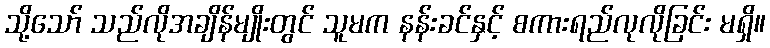
သို့သော် သည်လိုအချိန်မျိုးတွင် သူမက နန်းခင်နှင့် စကားရည်လုလိုခြင်း မရှိ။